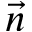
\vec { n }